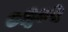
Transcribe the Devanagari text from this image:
०६०५